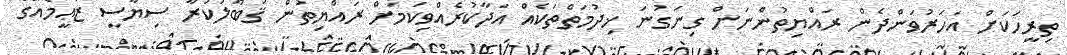
ތިރީހަކަށް އަހަރުވަންދެން ރައްޔިތުންނަށް ގިނަގުނަ ޚިދުމަތްތަކެއް އަދާކުރެއްވިކަމަށް ރައްޔިތުން ޤަބޫލުކުރާ ސިޔާސީ ޒަޢީމެއްގެ